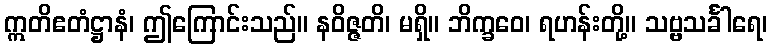
ဣတိဧတံဋ္ဌာနံ၊ ဤကြောင်းသည်။ နဝိဇ္ဇတိ၊ မရှိ။ ဘိက္ခဝေ၊ ရဟန်းတို့။ သဗ္ဗသင်္ခါရေ၊